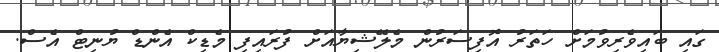
ގައި ބައިވެރިވުމަށް ހަތަރު އޮފިސަރުން މެލޭޝިޔާއަށް ފުރައިފި މެޑިކް އެންޑް ޔުނިޓް އެސް.